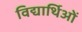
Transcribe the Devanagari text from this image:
विद्यार्थिओं